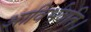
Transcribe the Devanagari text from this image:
आविर्भवति।